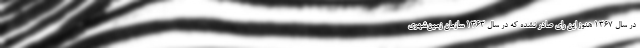
در سال ۱۳۶۷ هنوز این رای صادر نشده که در سال ۱۳۶۳ سازمان زمین‌شهری